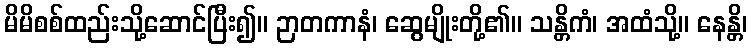
မိမိစစ်ထည်းသို့ဆောင်ပြီး၍။ ဉာတကာနံ၊ ဆွေမျိုးတို့၏။ သန္တိကံ၊ အထံသို့။ နေန္တိ၊